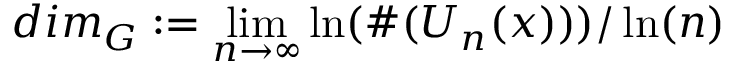
d i m _ { G } : = \operatorname * { l i m } _ { n \to \infty } \ln ( \# ( U _ { n } ( x ) ) ) / \ln ( n )